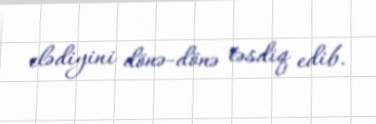
elədiyini dönə-dönə təsdiq edib.